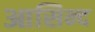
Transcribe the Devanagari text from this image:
आसिन्‍द